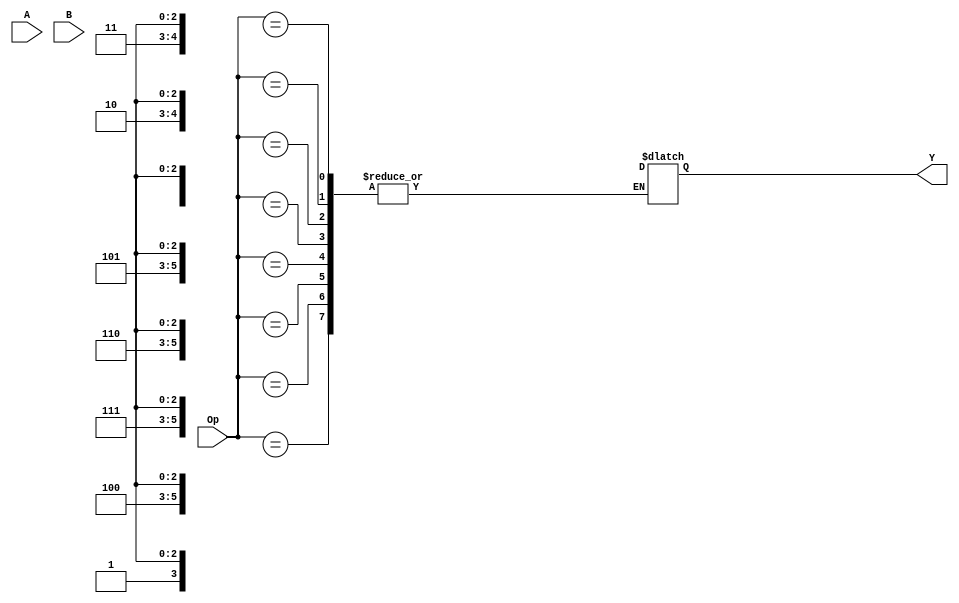
/*
 * Write a VHDL or Verilog model for a 32-bit, arithmetic logic unit (ALU). 
 * Develop both a clocked (register the inputs and outputs) and unclocked version of the ALU.
 * A and B are 32-bit inputs to the ALU, and Y is the output. 
 * A shift operation follows the arithmetic and logical operation.
 *
 * This is the unclocked version of the ALU
 */

module HW5P2_unclocked (
	input  [31:0] A, 		// Input < as per Q> bit A to ALU
	input  [31:0] B,		//  Input < as per Q> bit B to ALU
	input  [5:0]  Op,		//  Input ALU Opcodes
	output reg [31:0] Y		//  <as per Q> bit output of ALU 
 );


// Define ALU_OUT reg 
reg [31:0] ALU_OUT;


// Set initial values
initial
begin
	Y = 32'bz;
	ALU_OUT = 32'b0;
end


always @*
begin
	case(Op) // Lookup Table
		6'b000xxx: ALU_OUT = A;
		6'b001xxx: ALU_OUT = A + B;
		6'b010xxx: ALU_OUT = A - B;
		6'b011xxx: ALU_OUT = A & B;
		6'b100xxx: ALU_OUT = A | B;
		6'b101xxx: ALU_OUT = A + 1;
		6'b110xxx: ALU_OUT = A - 1;
		6'b111xxx: ALU_OUT = B;
		
		6'bxxxx00: Y = ALU_OUT;
		6'bxxxx01: Y = ALU_OUT << 1;
		6'bxxxx10: Y = ALU_OUT >> 1;
		6'bxxxx11: Y = 32'b0;

		default: ; // If Opscode invalid, ignore
	endcase

end

endmodule